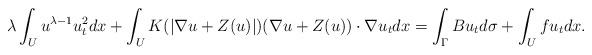
LaTeX: \begin{align*}\lambda \int_U u^{\lambda-1} u_t^2 dx +\int_U K (|\nabla u+Z(u)|)(\nabla u+Z(u))\cdot \nabla u_t dx = \int_\Gamma B u_t d\sigma+\int_U f u_t dx.\end{align*}